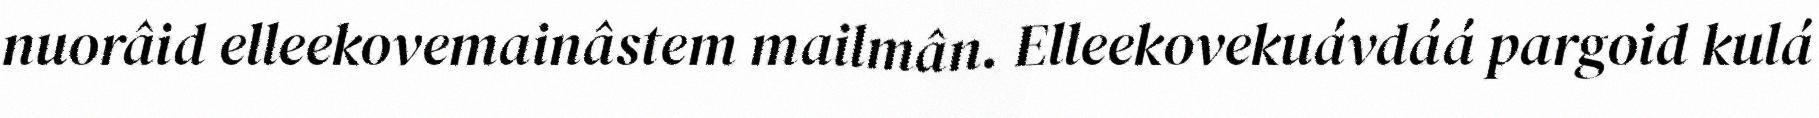
nuorâid elleekovemainâstem mailmân. Elleekovekuávdáá pargoid kulá